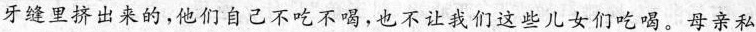
牙缝里挤出来的,他们自己不吃不喝,也不让我们这些儿女们吃喝。母亲私